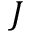
J